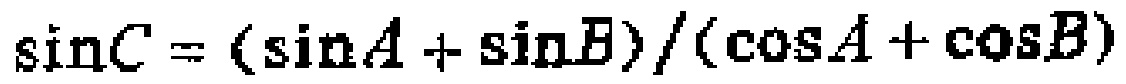
\(\sin C = (\sin A + \sin B)/(\cos A + \cos B)\)